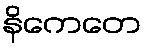
နိကေတေ